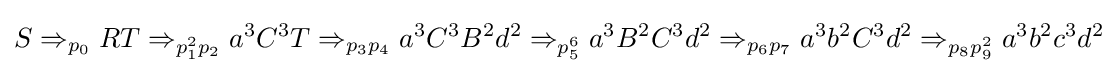
S\Rightarrow _{p_{0}}RT\Rightarrow _{p_{1}^{2}p_{2}}a^{3}C^{3}T\Rightarrow _{p_{3}p_{4}}a^{3}C^{3}B^{2}d^{2}\Rightarrow _{p_{5}^{6}}a^{3}B^{2}C^{3}d^{2}\Rightarrow _{p_{6}p_{7}}a^{3}b^{2}C^{3}d^{2}\Rightarrow _{p_{8}p_{9}^{2}}a^{3}b^{2}c^{3}d^{2}